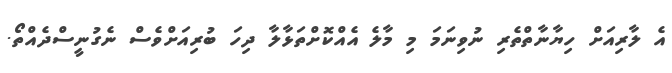
އެ ލާރިއަށް ހިޔާނާތްތެރި ނުވިނަމަ މި މާލެ އެއްކޮށްތަޅާލާ ދިހަ ބުރިއަށްވެސް ނެގުނީސްދެއްތޯ.